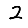
Digit: 2